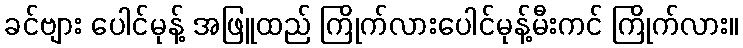
ခင်ဗျား ပေါင်မုန့် အဖြူထည် ကြိုက်လားပေါင်မုန့်မီးကင် ကြိုက်လား။